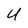
Character: U